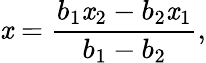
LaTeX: \mathit{x}={\frac{{b_{1}\mathit{x}_{2}-b_{2}\mathit{x}_{1}}}{{b_{1}-b_{2}}}},